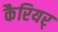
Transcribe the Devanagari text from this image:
कैरियर्